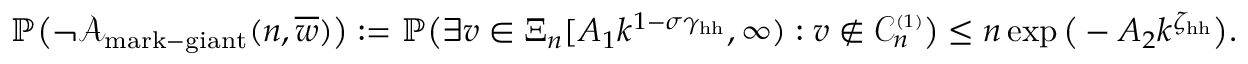
\mathbb { P } \big ( \neg { \mathcal A } _ { \mathrm { m a r k - g i a n t } } ( n , \overline { { w } } ) \big ) : = \mathbb { P } \big ( \exists v \in \Xi _ { n } [ A _ { 1 } k ^ { 1 - \sigma \gamma _ { \mathrm { h h } } } , \infty ) : v \notin { \mathcal C } _ { n } ^ { \scriptscriptstyle ( 1 ) } \big ) \le n \exp \big ( - A _ { 2 } k ^ { \zeta _ { \mathrm { h h } } } \big ) .